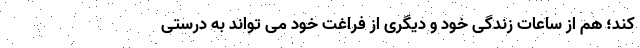
کند؛ هم از ساعات زندگی خود و دیگری از فراغت خود می تواند به درستی